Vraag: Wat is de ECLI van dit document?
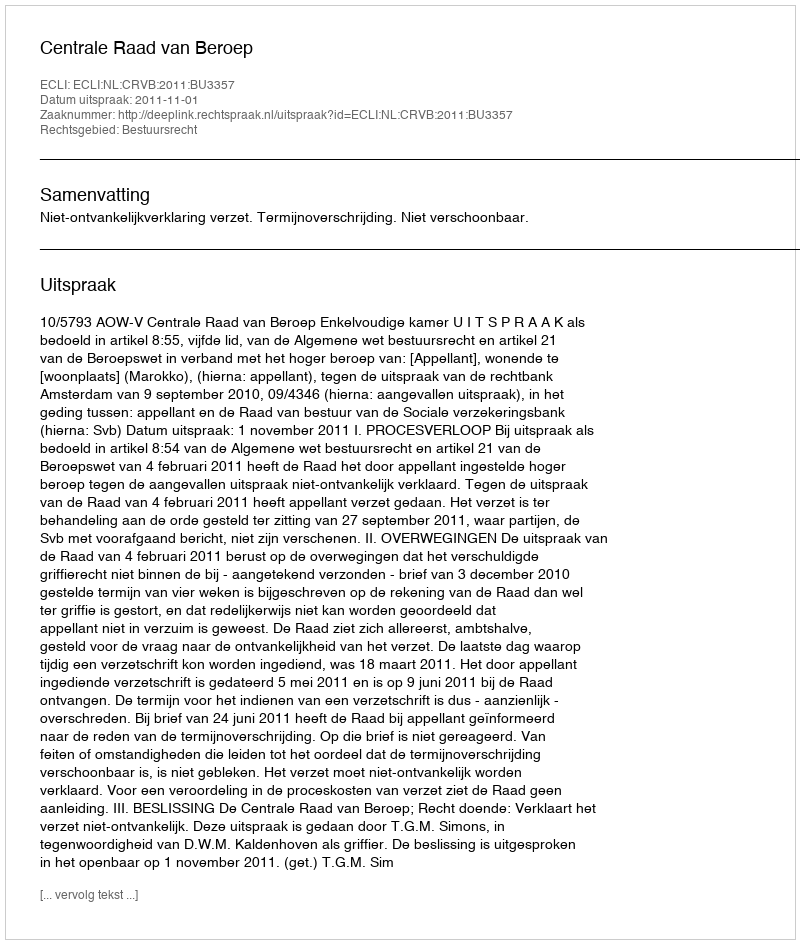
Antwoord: ECLI:NL:CRVB:2011:BU3357